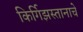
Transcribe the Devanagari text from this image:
किर्गिझस्तानाचे